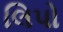
લિપો